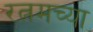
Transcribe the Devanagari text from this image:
रत्नमच्या